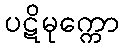
ပဋိမုက္ကော